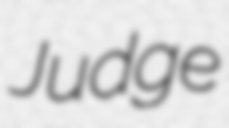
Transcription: Judge